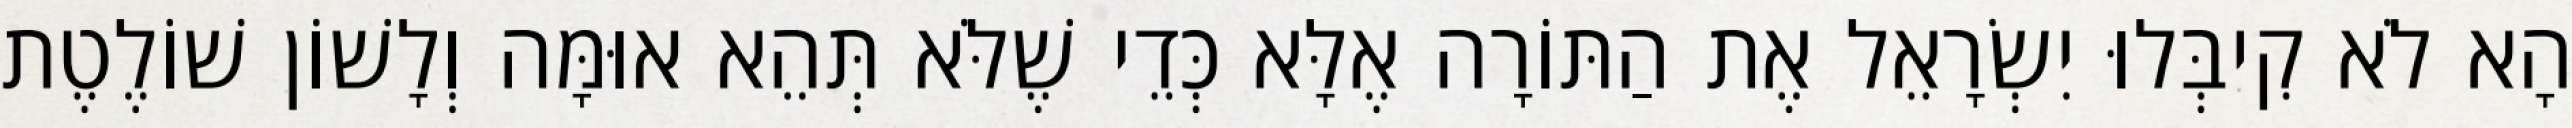
הָא לֹא קִיבְּלוּ יִשְׂרָאֵל אֶת הַתּוֹרָה אֶלָּא כְּדֵי שֶׁלֹּא תְּהֵא אוּמָּה וְלָשׁוֹן שׁוֹלֶטֶת